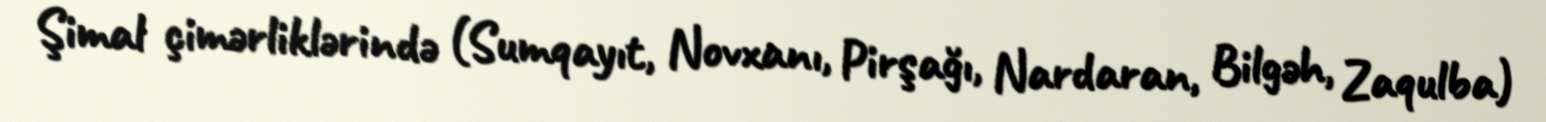
Şimal çimərliklərində (Sumqayıt, Novxanı, Pirşağı, Nardaran, Bilgəh, Zaqulba)